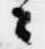
々